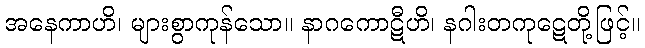
အနေကာဟိ၊ များစွာကုန်သော။ နာဂကောဋီဟိ၊ နဂါးတကုဋေတို့ဖြင့်။